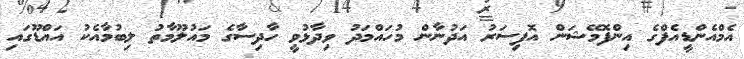
އެމްއެންޑީއެފްގެ އިންފޮމޭޝަން އޮފިސަރު އަދުނާން މުހައްމަދު ވިދާޅުވީ ހާދިސާގެ މައުލޫމާތު ލިބުމާއެކު އައްޑޫގައި